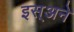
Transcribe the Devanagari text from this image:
इस्अने